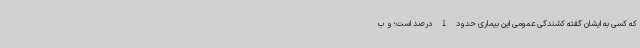
که کسی به ایشان گفته کشندگی عمومی این بیماری حدود 1 درصد است؛ و ب